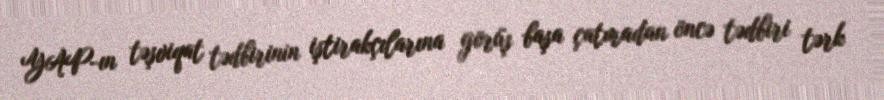
YAP-ın təşviqat tədbirinin iştirakçılarına görüş başa çatmadan öncə tədbiri tərk